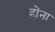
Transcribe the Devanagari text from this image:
होंना